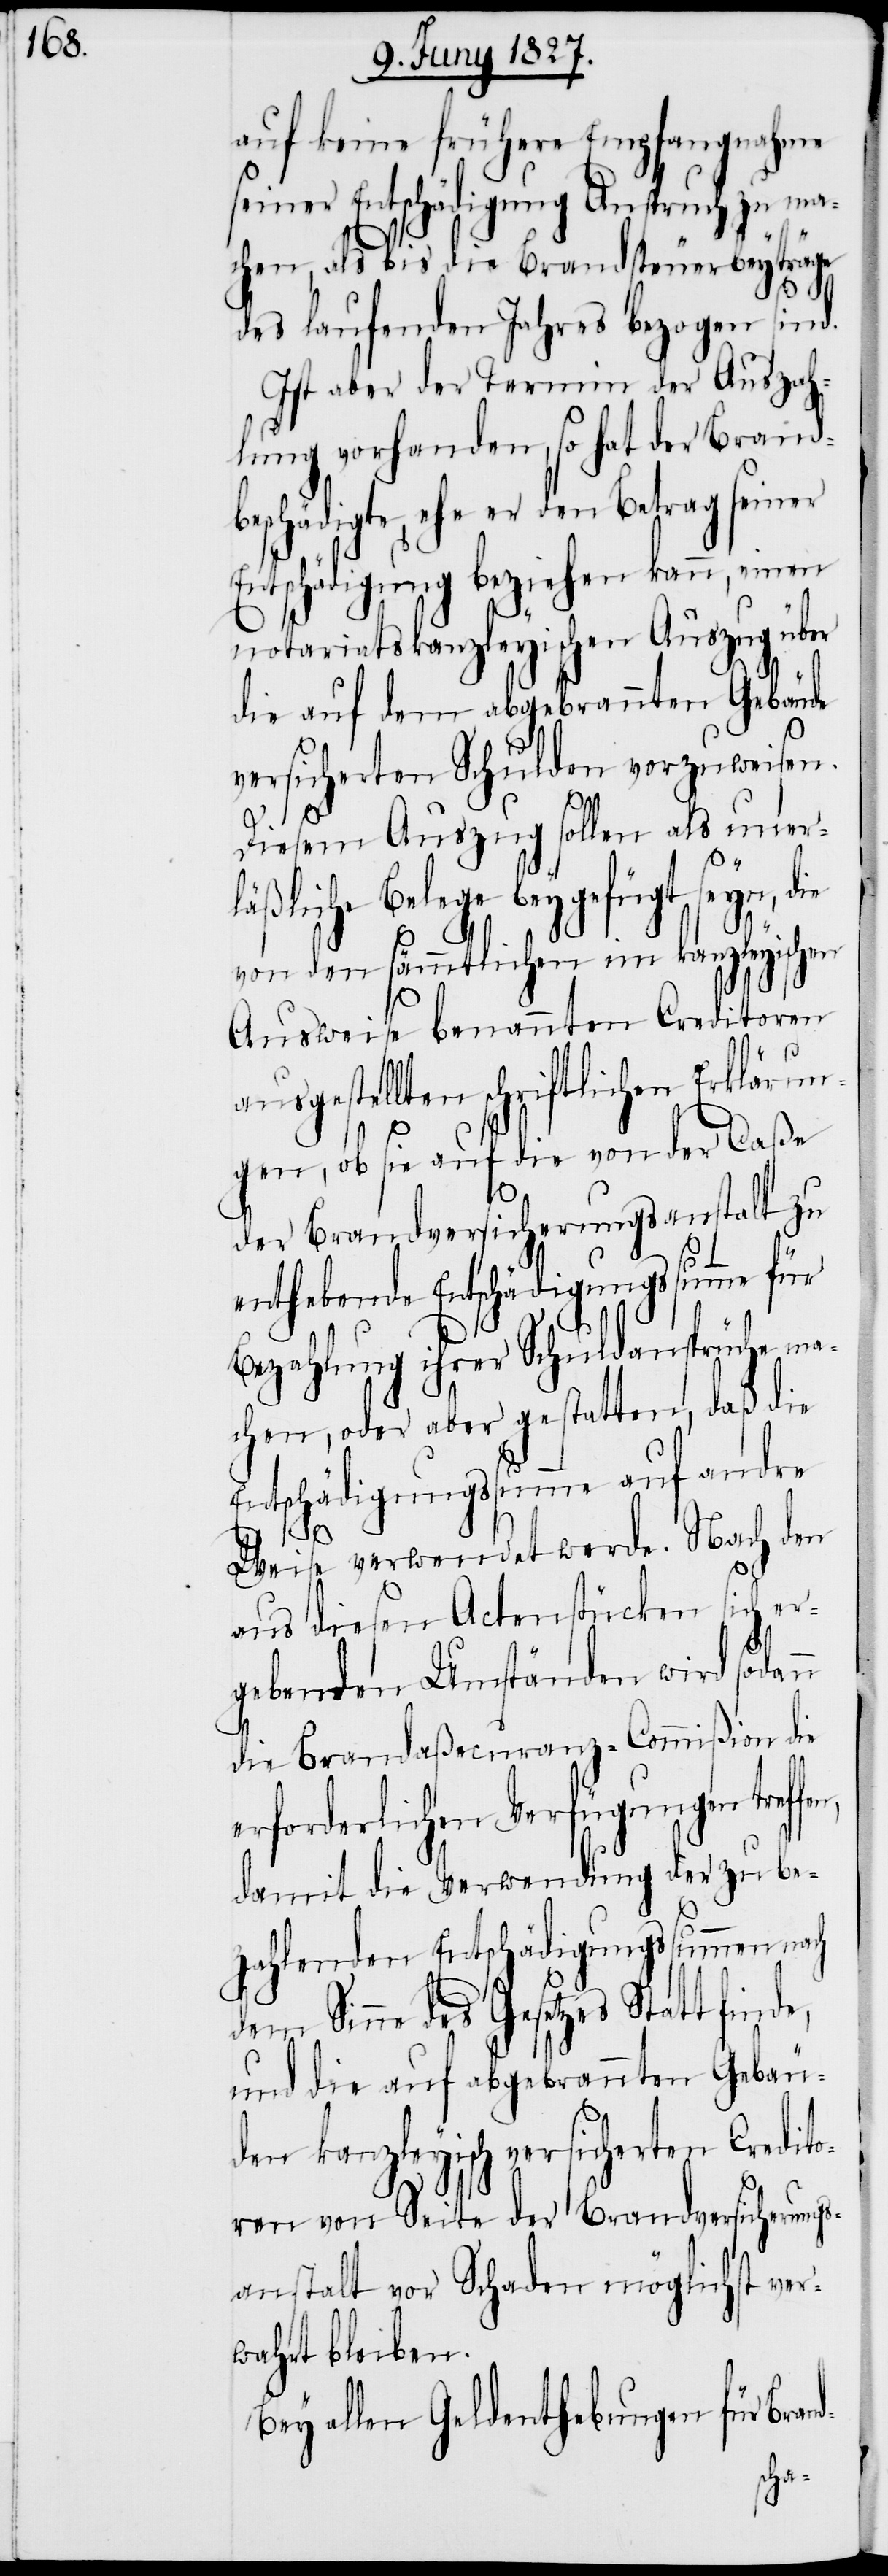
auf keine frühere Empfangnahme
seiner Entschädigung Anspruch zu ma¬
chen, als bis die Brandsteuerbeyträge
des laufenden Jahres bezogen sind.
Ist aber der Termin der Auszah¬
lung vorhanden, so hat der Brand¬
beschädigte, ehe er den Betrag seiner
Entschädigung beziehen kann, einen
notariatskanzleyischen Auszug über
die auf dem abgebrannten Gebäue
versicherten Schulden vorzuweisen.
fen,
Diesem Auszug sollen als uner¬
n
läßliche Belege beygefügt seyn, die
von den sämmtlichen im kanzleyischen
Ausweise benannten Creditoren
ausgestellten schriftlichen Erklärun¬
gen, ob sie auf die von der Caße
der Brandversicherungsanstalt zu
mme für
enthebende Entschädigungssu¬
Bezahlung ihrer Schuldansprüche m¬
achen, oder aber gestatten, daß die
Entschädigungssumme auf andre
Weise verwendet werde. nach den
aus diesen Actenstücken sich er¬
gebenden Umständen wird sodan¬
die Brandaßecuranz-Commißion die
erforderlichen Verfügungen tref¬
damit die Verwendung der zu be¬
zahlenden Entschädigungssummen nach
dem Sinne des Gesetzes Statt finde,
und die auf abgebrannten Gebäu¬
den kanzleyisch versicherten Credito¬
ren von Seite der Brandversicherungs¬
anstalt vor Schaden möglichst ver¬
wahrt bleiben.
Bey allen Geldenthebungen für